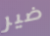
ضير